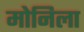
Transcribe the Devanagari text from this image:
मोनिला